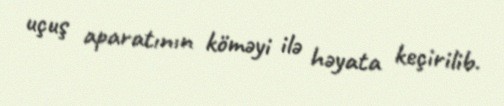
uçuş aparatının köməyi ilə həyata keçirilib.